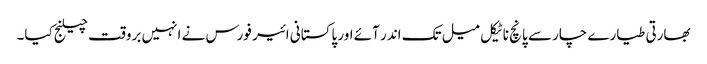
بھارتی طیارے چار سے پانچ ناٹیکل میل تک اندر آئے اور پاکستانی ائیر فورس نے انہیں بروقت چیلنج کیا۔